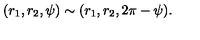
( r _ { 1 } , r _ { 2 } , \psi ) \sim ( r _ { 1 } , r _ { 2 } , 2 \pi - \psi ) .